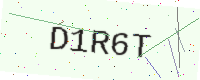
Text: D1R6T